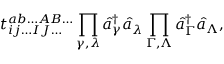
t _ { i j \ldots I J \ldots } ^ { a b \ldots A B \ldots } \prod _ { \gamma , \lambda } \hat { a } _ { \gamma } ^ { \dagger } \hat { a } _ { \lambda } \prod _ { \Gamma , \Lambda } \hat { a } _ { \Gamma } ^ { \dagger } \hat { a } _ { \Lambda } ,